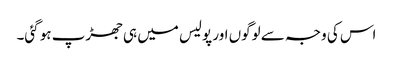
اس کی وجہ سے لوگوں اور پولیس میں ہی جھڑپ ہو گئی۔